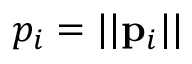
p _ { i } = | | \ensuremath { \mathbf { p } } _ { i } | |